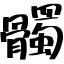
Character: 髑